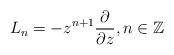
LaTeX: \begin{gather*}L_n=-z^{n+1}\frac{\partial}{\partial z},n\in\mathbb Z\end{gather*}